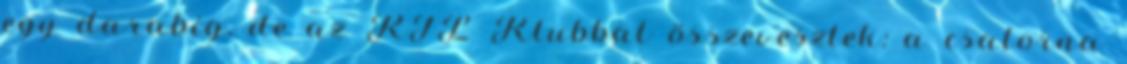
egy darabig, de az RTL Klubbal összevesztek: a csatorna